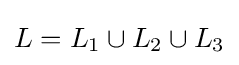
L=L_{1}\cup L_{2}\cup L_{3}